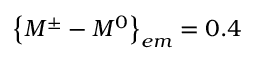
\left\{ M ^ { \pm } - M ^ { 0 } \right\} _ { e m } = 0 . 4